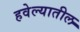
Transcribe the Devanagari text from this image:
हवेल्यातील